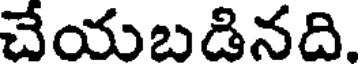
చేయబడినది.